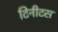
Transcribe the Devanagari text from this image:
टिनीटस